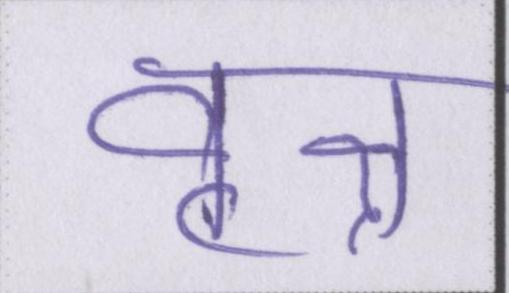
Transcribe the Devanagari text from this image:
वृक्ष